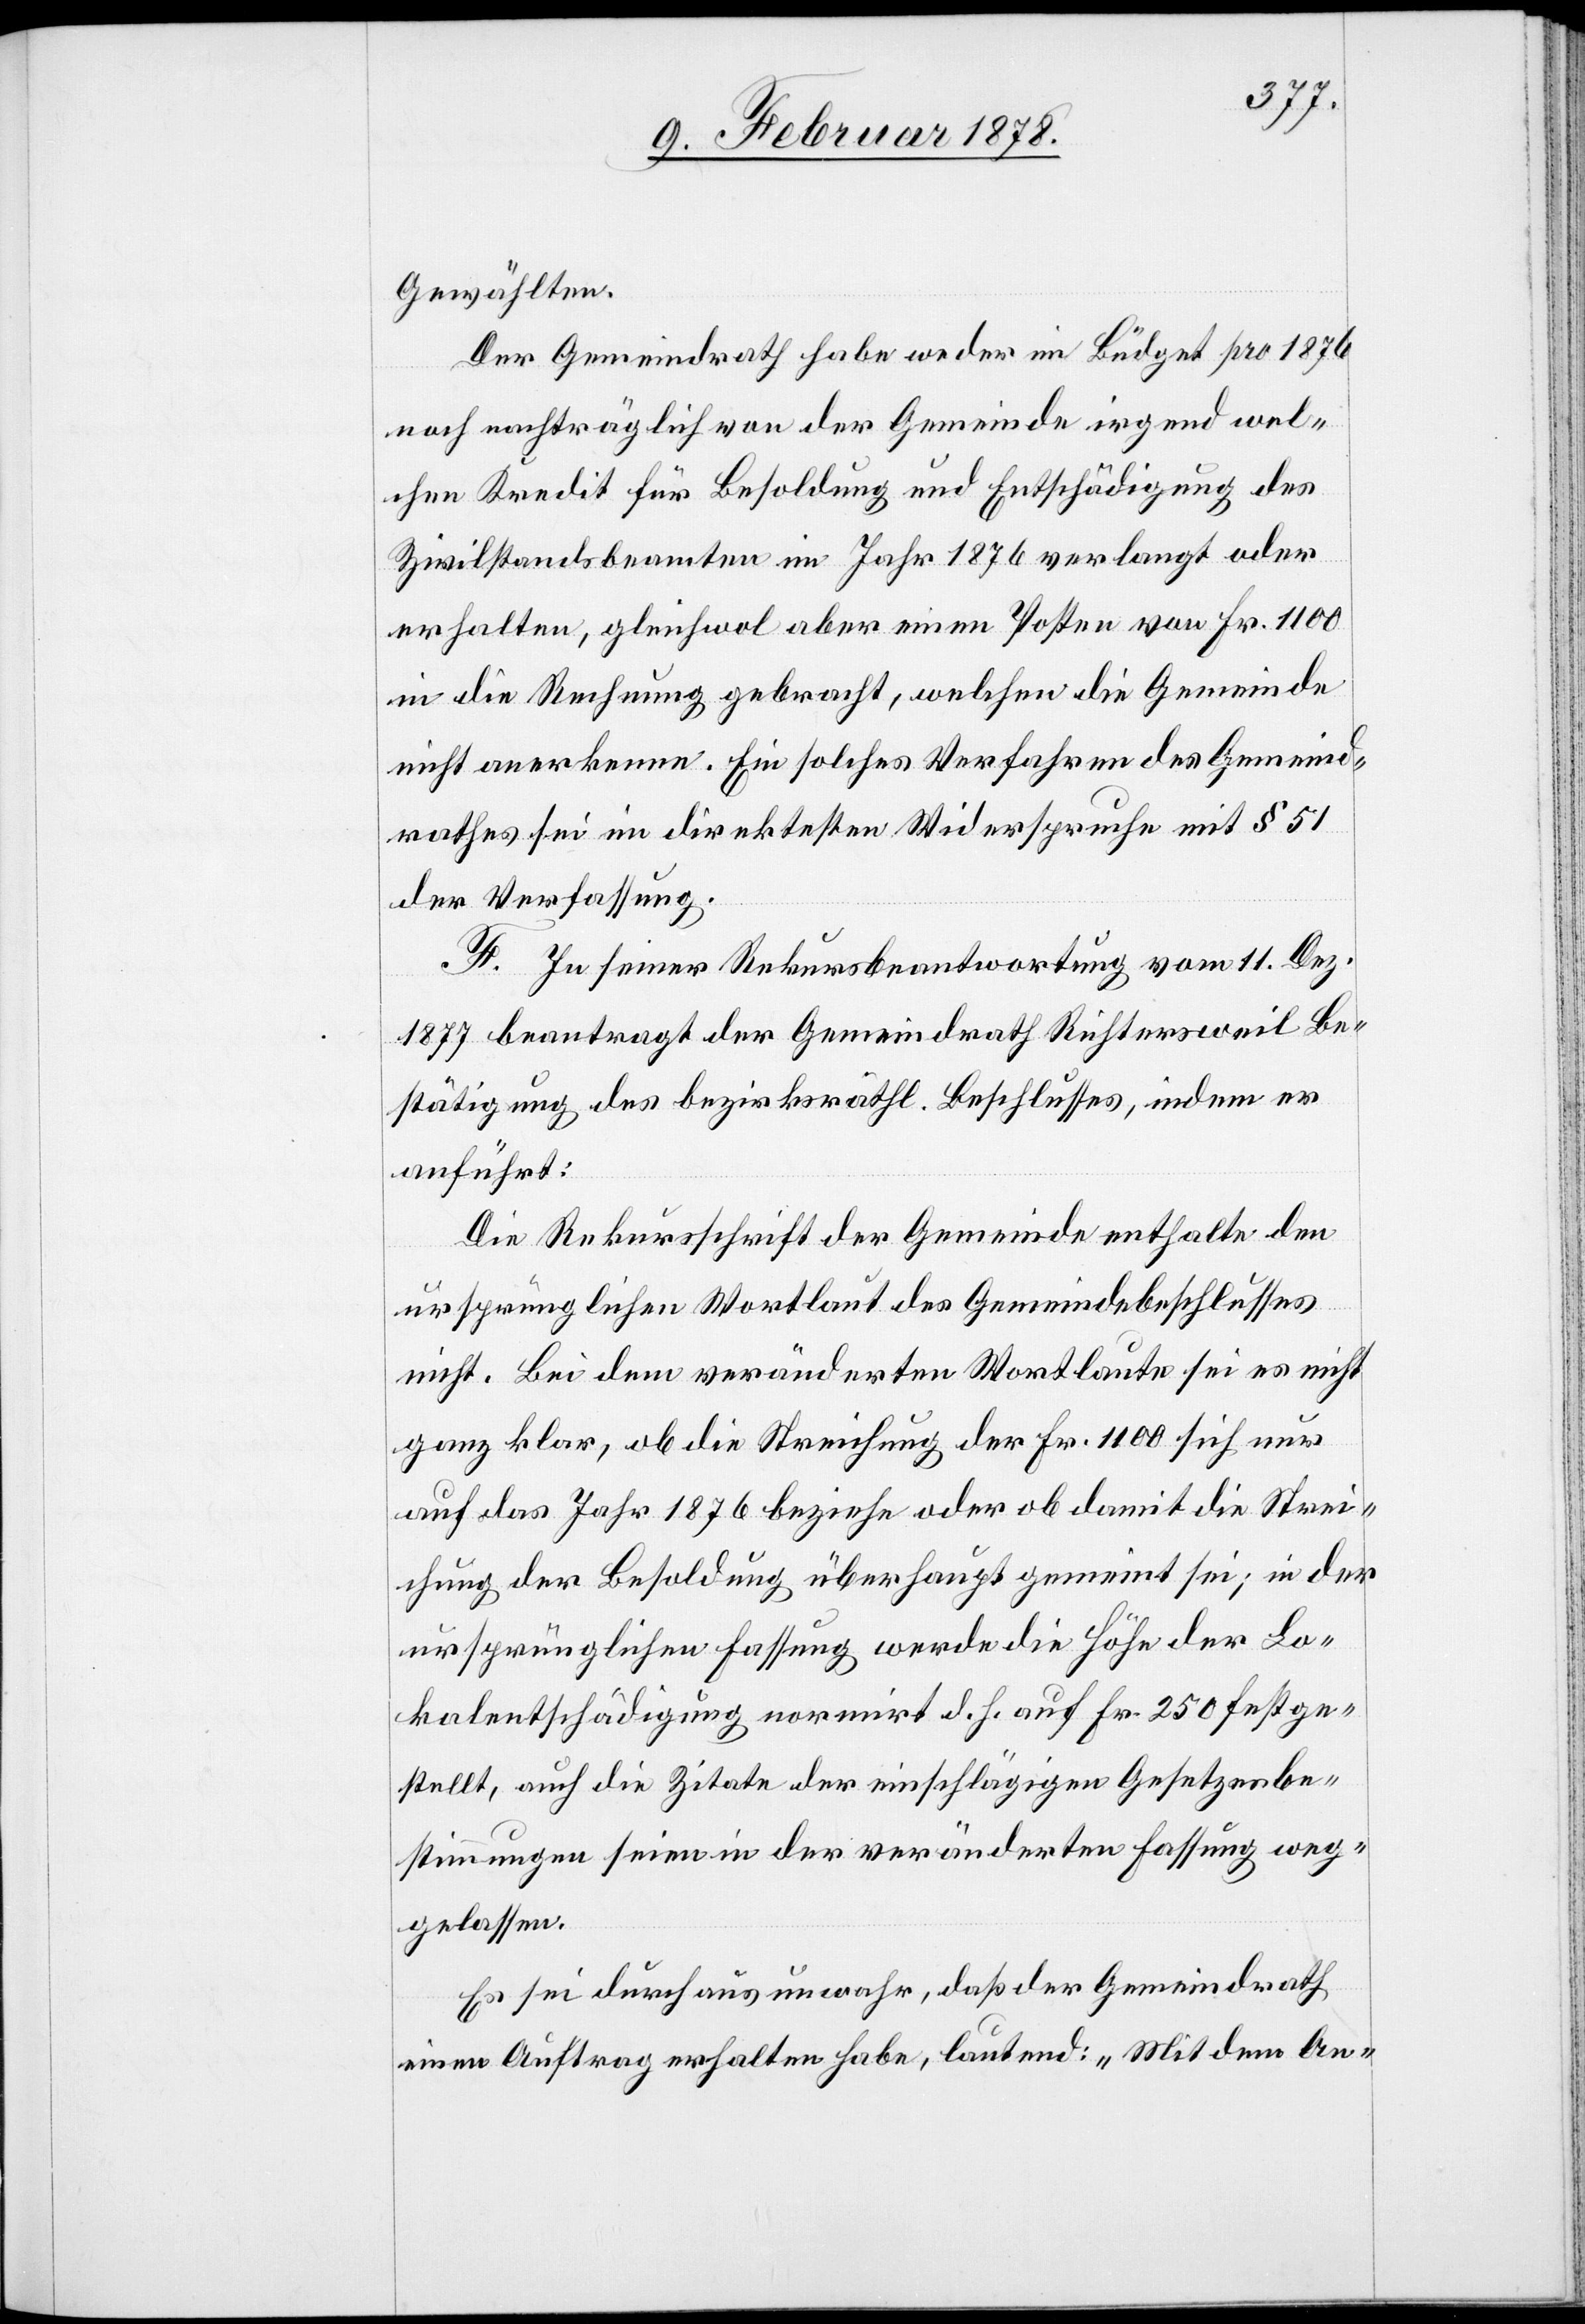
Gewählten.
Der Gemeindrath habe weder im Büdget pro 1876
noch nachträglich von der Gemeinde irgend wel¬
chen Kredit für Besoldung und Entschädigung des
Zivilstandsbeamten im Jahr 1876 verlangt oder
erhalten, gleichwol aber einen Posten von Fr. 1100
in die Rechnung gebracht, welchen die Gemeinde
nicht anerkenne. Ein solches Verfahren des Gemeind¬
rathes sei im direkten Widerspruche mit § 51
der Verfassung.
F. In seiner Rekursbeantwortung vom 11. Dez.
1877 beantragt der Gemeindrath Richtersweil Be¬
stätigung des bezirksräthl. Beschlusses, indem er
anführt:
Die Rekursschrift der Gemeinde enthalte den
ursprünglichen Wortlaut des Gemeindebeschlusses
nicht. Bei dem veränderten Wortlaute sei es nicht
ganz klar, ob die Streichung der Fr. 1100 sich nur
auf das Jahr 1876 beziehe oder ob damit die Strei¬
chung der Besoldung überhaupt gemeint sei; in der
ursprünglichen Fassung werde die Höhe der Lo¬
kalentschädigung normirt d. h. auf Fr. 250 festge¬
stellt, auf die Zitate der einschlägigen Gesetzesbe¬
stimmungen seien in der veränderten Fassung weg¬
gelassen.
Es sei durchaus unwahr, daß der Gemeindrath
einen Auftrag erhalten habe, lautend: „Mit dem An-